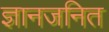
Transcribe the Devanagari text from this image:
ज्ञानजनित